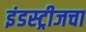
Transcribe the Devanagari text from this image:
इंडस्ट्रीजचा